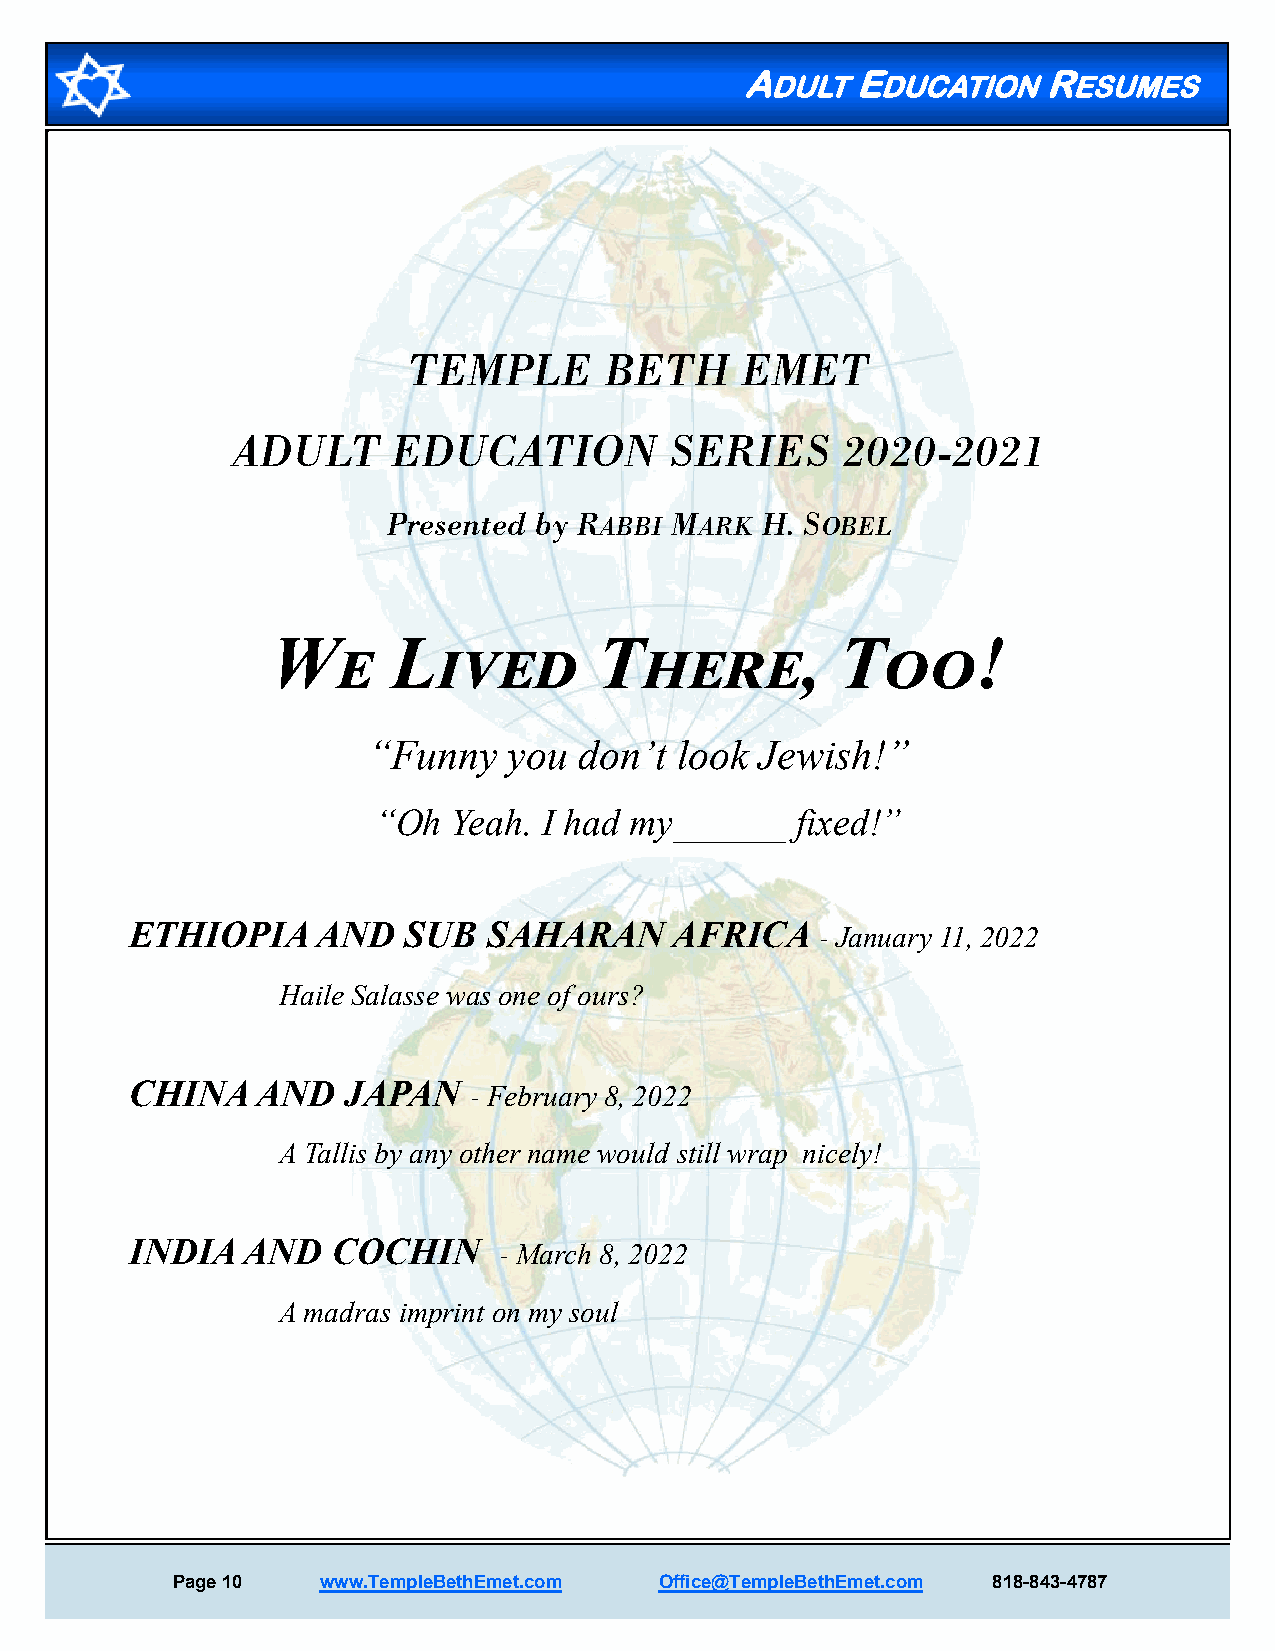
ADULT   EDUCATION   RESUMES
 TEMPLE       BETH     EMET
 ADULT      EDUCATION         SERIES      2020-2021
 Presented by RABBI MARK H. SOBEL
 We      Lived         There,          Too!
 “Funny    you don’t  look Jewish!”
 “Oh  Yeah. I had my______   fixed!”
 ETHIOPIA    AND   SUB  SAHARAN     AFRICA
 - January 11, 2022
 Haile Salasse was one of ours?
 CHINA   AND   JAPAN
 - February 8, 2022
 A Tallis by any other name would still wrap nicely!
 INDIA  AND   COCHIN
 - March 8, 2022
 A madras imprint on my soul
 Page 10   www.TempleBethEmet.com Office@TempleBethEmet.com 818-843-4787